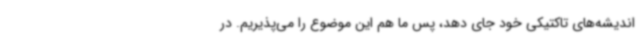
اندیشه‌های تاکتیکی خود جای دهد، پس ما هم این موضوع را می‌پذیریم. در